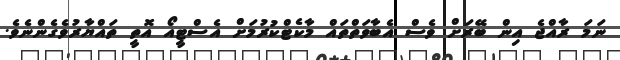
ނަމަ ރާއްޖެ އިން ބޭރަށް ވެސް އެބާވަތްތައް މާކެޓްކުރުމަށް އެސްޓީއޯ އޮތީ ތައްޔާރުވެގެންނެވެ.